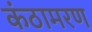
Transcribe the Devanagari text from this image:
कंठामरण